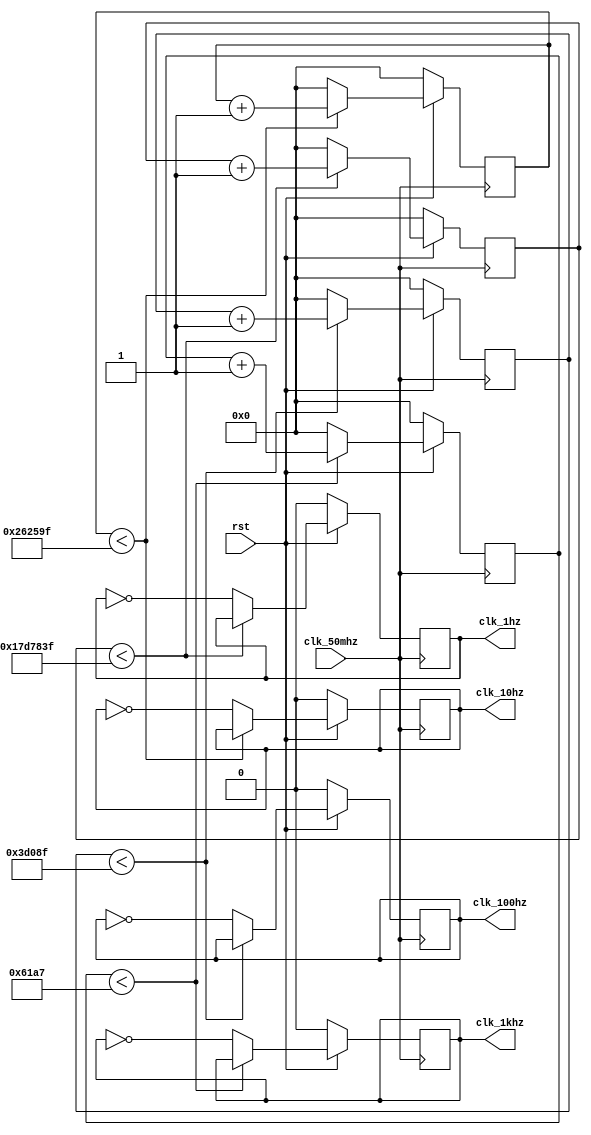
module Frequency_Divider(clk_50mhz,rst,clk_1khz,clk_100hz,clk_10hz,clk_1hz);
	input clk_50mhz,rst;
	output clk_1khz,clk_100hz,clk_10hz,clk_1hz;
	reg clk_1khz,clk_100hz,clk_10hz,clk_1hz;
	reg [31:0]cnt1,cnt2,cnt3,cnt4;
	parameter N1=50000,N2=500000,N3=5000000,N4=50000000;
//	parameter N1=5,N2=10,N3=50,N4=100;
	always @ (posedge clk_50mhz)	begin
		if(!rst)	begin
			cnt1 <= 1'b0;
			cnt2 <= 1'b0;
			cnt3 <= 1'b0;
			cnt4 <= 1'b0;
			clk_1khz <= 1'b0;
			clk_100hz <= 1'b0;
			clk_10hz <= 1'b0;
			clk_1hz <= 1'b0;
		end
		else	begin
			if(cnt1 < N1/2-1)	cnt1 <= cnt1 + 1'b1;
			else	begin
				cnt1 <= 1'b0;
				clk_1khz <= ~clk_1khz;
			end
			if(cnt2 < N2/2-1)	cnt2 <= cnt2 + 1'b1;
			else	begin
				cnt2 <= 1'b0;
				clk_100hz <= ~clk_100hz;
			end
			if(cnt3 < N3/2-1)	cnt3 <= cnt3 + 1'b1;
			else	begin
				cnt3 <= 1'b0;
				clk_10hz <= ~clk_10hz;
			end
			if(cnt4 < N4/2-1)	cnt4 <= cnt4 + 1'b1;
			else	begin
				cnt4 <= 1'b0;
				clk_1hz <= ~clk_1hz;
			end			
		end
	end
endmodule